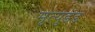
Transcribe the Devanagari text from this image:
मृत्युडंड